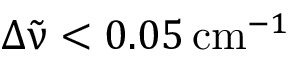
\Delta { \tilde { \upnu } } < 0 . 0 5 \, \mathrm { c m } ^ { - 1 }